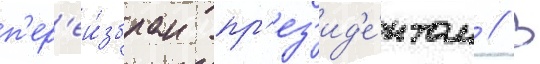
п'ер'еи́збран пр'ез'ид'е́нтом // В